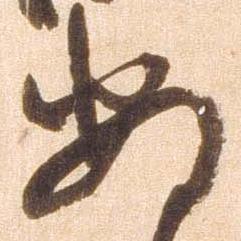
安